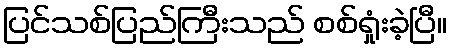
ပြင်သစ်ပြည်ကြီးသည် စစ်ရှုံးခဲ့ပြီ။